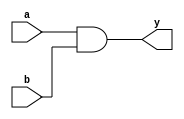
module  omsp_and_gate (

// OUTPUTs
    y,                         // AND gate output

// INPUTs
    a,                         // AND gate input A
    b                          // AND gate input B
);

// OUTPUTs
//=========
output         y;              // AND gate output

// INPUTs
//=========
input          a;              // AND gate input A
input          b;              // AND gate input B


//=============================================================================
// 1)  SOME COMMENTS ON THIS MODULE
//=============================================================================
//
//    In its ASIC version, some combinatorial pathes of the openMSP430 are
// sensitive to glitches, in particular the ones generating the wakeup
// signals.
//    To prevent synthesis from optmizing combinatorial clouds into glitchy
// logic, this AND gate module has been instanciated in the critical places.
//
//    Make sure that synthesis doesn't ungroup this module. As an alternative,
// a standard cell from the library could also be directly instanciated here
// (don't forget the "dont_touch" attribute)
//
//
//=============================================================================
// 2)  AND GATE
//=============================================================================

assign  y  =  a & b;


endmodule